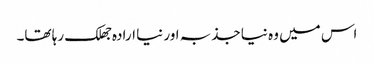
اس میں وہ نیا جذبہ اور نیا ارادہ جھلک رہا تھا۔